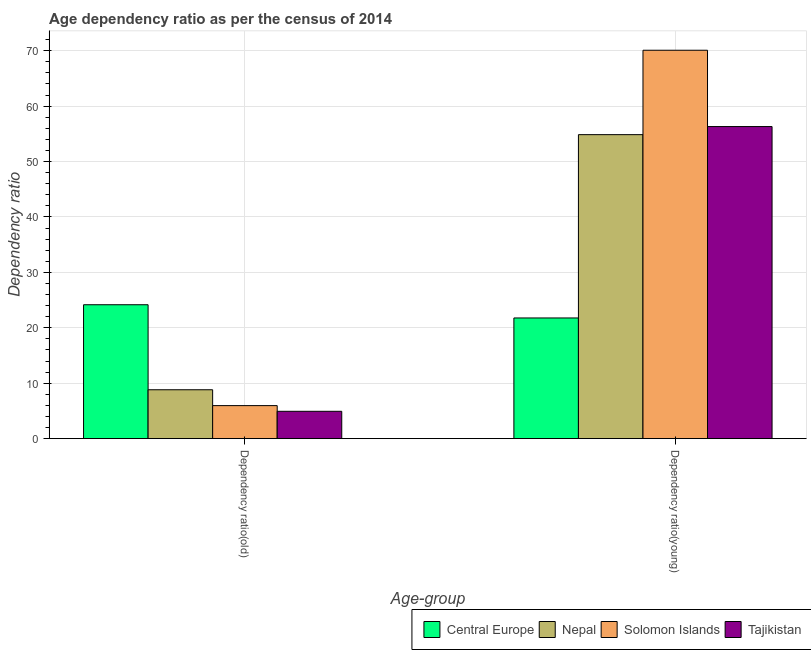
| Age-group | Central Europe | Nepal | Solomon Islands | Tajikistan |
 | --- | --- | --- | --- | --- |
 | Dependency ratio(old) | 24.2 | 8.82 | 5.96 | 4.93 |
 | Dependency ratio(young) | 21.8 | 54.9 | 70.1 | 56.3 |